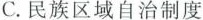
C.民族区城自治制度